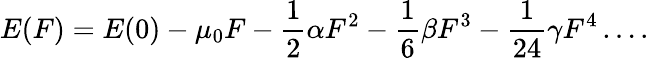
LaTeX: E(F)=E(0)-\mu_{0}F-\frac{1}{2}\alpha F^{2}-\frac{1}{6}\beta F^{3}-\frac{1}{24}\gamma F^{4}\ldots.